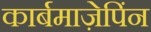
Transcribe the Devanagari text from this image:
कार्बमाज़ेपिंन